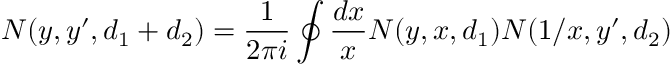
N ( y , y ^ { \prime } , d _ { 1 } + d _ { 2 } ) = { \frac { 1 } { 2 \pi i } } \oint { \frac { d x } { x } } N ( y , x , d _ { 1 } ) N ( 1 / x , y ^ { \prime } , d _ { 2 } )